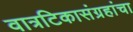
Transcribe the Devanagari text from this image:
वात्रटिकासंग्रहांचा